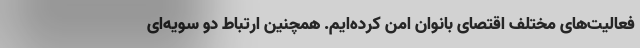
فعالیت‌های مختلف اقتصای بانوان امن کرده‌ایم. همچنین ارتباط دو سویه‌ای